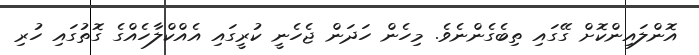
އޮންލައިންކޮށް ގޭގައި ތިބެގެންނެވެ. މިހެން ހަދަން ޖެހެނީ ކުރީގައި އެއްކްލާހެއްގެ ގޮތުގައި ހުރި